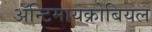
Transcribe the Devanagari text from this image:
ॲन्टिमायक्रोबियल